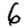
Digit: 6